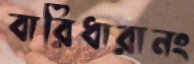
বারিধারানং